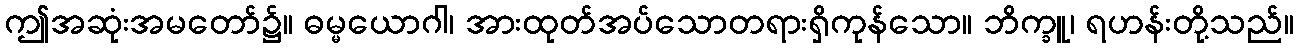
ဤအဆုံးအမတော်၌။ ဓမ္မယောဂါ၊ အားထုတ်အပ်သောတရားရှိကုန်သော။ ဘိက္ခူ၊ ရဟန်းတို့သည်။